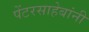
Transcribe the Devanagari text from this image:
पेंटरसाहेबांनी